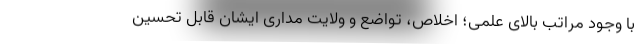
با وجود مراتب بالای علمی؛ اخلاص، تواضع و ولایت مداری ایشان قابل تحسین